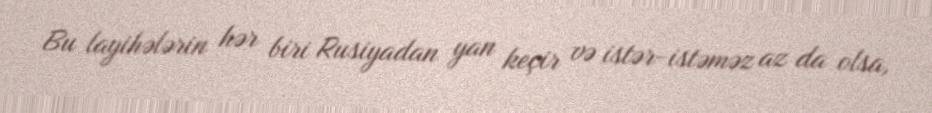
Bu layihələrin hər biri Rusiyadan yan keçir və istər-istəməz az da olsa,